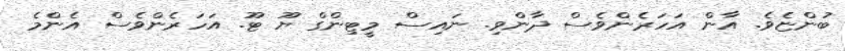
ބުންޏެވެ. އާން އަހަރެންވެސް ދާންވި. ނައިސް މީޓިންގް ޔޫ ޓޫ. އަހަރެންވެސް އެންމެ